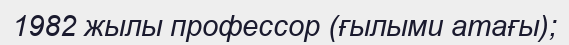
1982 жылы профессор (ғылыми атағы);